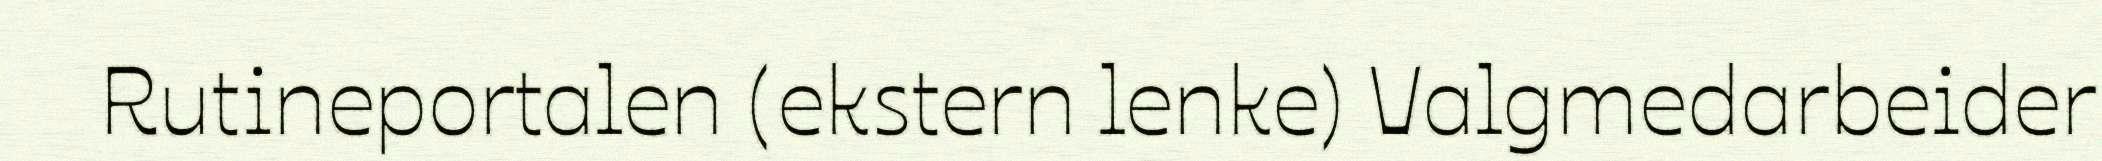
Rutineportalen (ekstern lenke) Valgmedarbeider